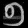
Digit: ၅